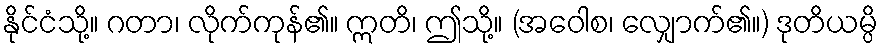
နိုင်ငံသို့။ ဂတာ၊ လိုက်ကုန်၏။ ဣတိ၊ ဤသို့။ (အဝေါစ၊ လျှောက်၏။) ဒုတိယမ္ပိ